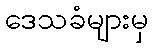
ဒေသခံများမှ